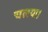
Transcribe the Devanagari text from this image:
चलया।